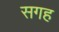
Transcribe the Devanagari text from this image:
सगह